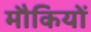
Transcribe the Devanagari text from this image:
मौकियों